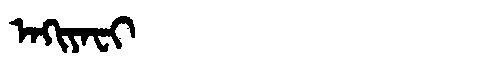
Manchu: ᠠᡴᡳᠶᠠᠸᡳ
Romanization: AKIYAFI